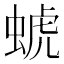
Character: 䗂